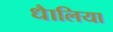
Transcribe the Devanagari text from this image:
धैालिया